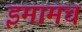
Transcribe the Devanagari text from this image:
इमामच